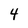
Character: 4